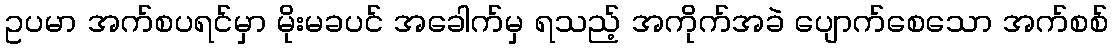
ဥပမာ အက်စပရင်မှာ မိုးမခပင် အခေါက်မှ ရသည့် အကိုက်အခဲ ပျောက်စေသော အက်စစ်